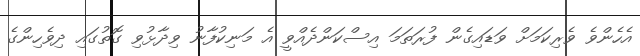
އެހެންވެ ވެރިކަމަށް ވަޑައިގެން ފުރަތަމަ އިސްކަންދެއްވީ އެ މަނިކުފާނު ވިދާޅުވި ގޮތުގައި ދިވެހިންގެ